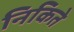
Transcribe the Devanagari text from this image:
निकिते